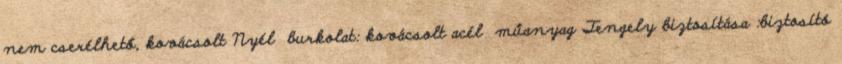
nem cserélhető, kovácsolt Nyél burkolat: kovácsolt acél műanyag Tengely biztosítása :biztosító